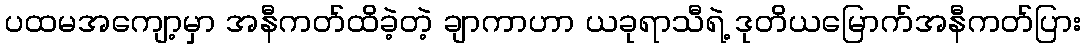
ပထမအကျော့မှာ အနီကတ်ထိခဲ့တဲ့ ချာကာဟာ ယခုရာသီရဲ့ ဒုတိယမြောက်အနီကတ်ပြား